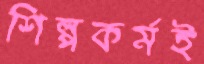
শিল্পকর্মই